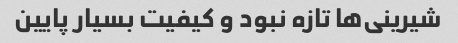
شیرینی‌ها تازه نبود و کیفیت بسیار پایین